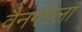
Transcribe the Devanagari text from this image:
वैनगंगेला